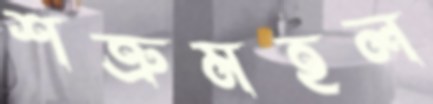
শত্রুমহল